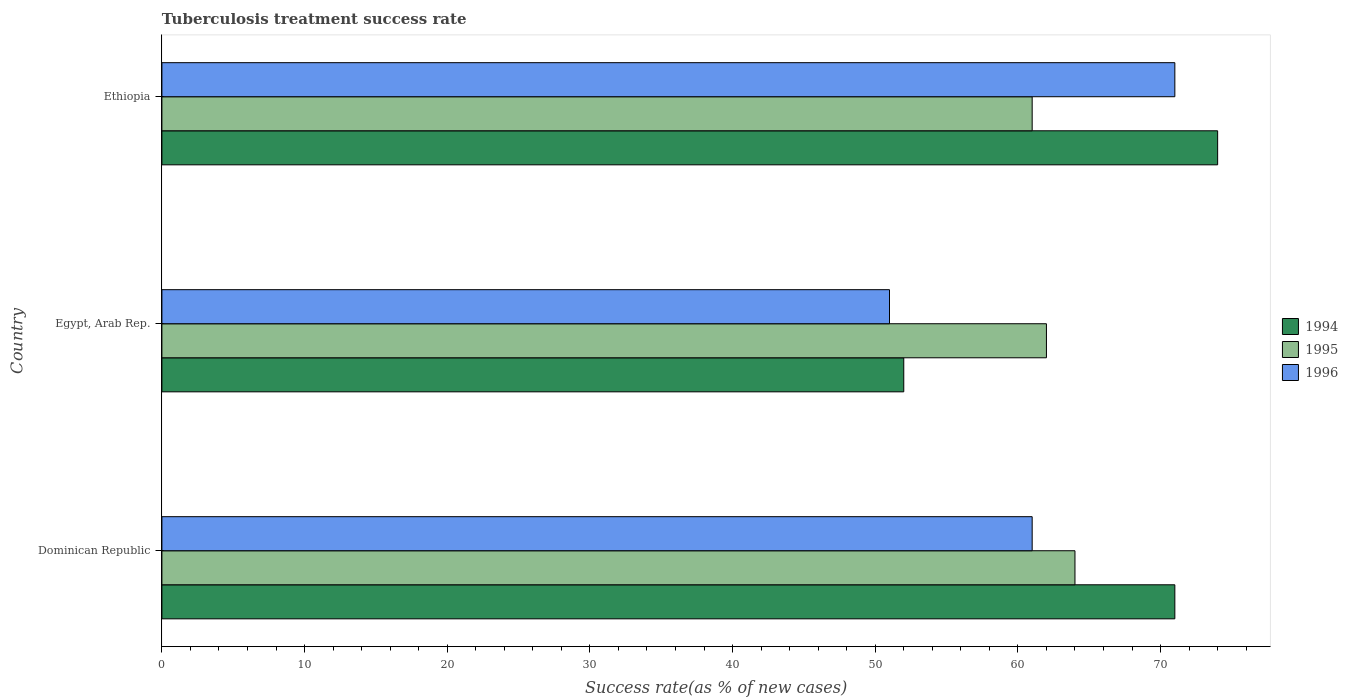
| Country | 1994 | 1995 | 1996 |
 | --- | --- | --- | --- |
 | Dominican Republic | 71 | 64 | 61 |
 | Egypt, Arab Rep. | 52 | 62 | 51 |
 | Ethiopia | 74 | 61 | 71 |